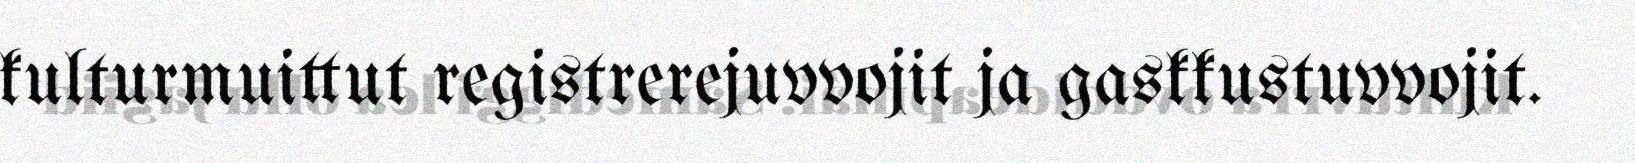
kulturmuittut registrerejuvvojit ja gaskkustuvvojit.